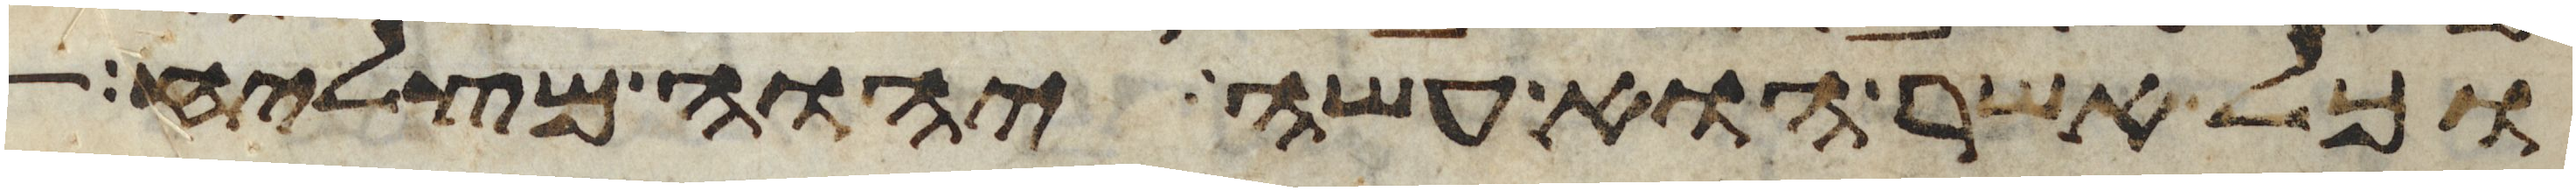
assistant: וכל אשר הוא עשה יהוה מצליח